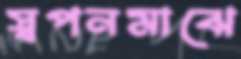
স্বপনমাঝে